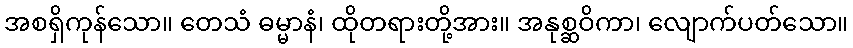
အစရှိကုန်သော။ တေသံ ဓမ္မာနံ၊ ထိုတရားတို့အား။ အနုစ္ဆဝိကာ၊ လျောက်ပတ်သော။